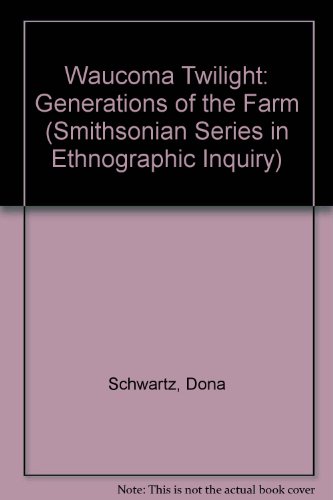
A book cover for WAUCOMA TWILIGHT PB (Smithsonian Series in Ethnographic Inquiry); SCHWARTZ DONA; Travel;